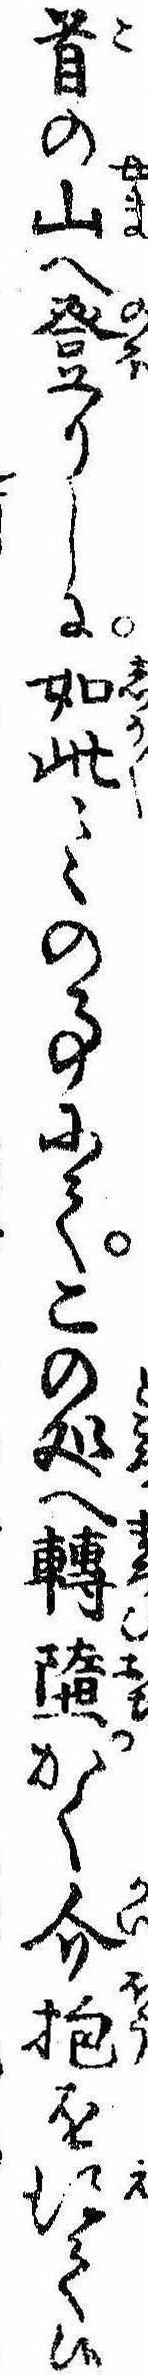
首の山へ登りしに如此〻〻の事にてこの処へ転堕かく介抱を得て候